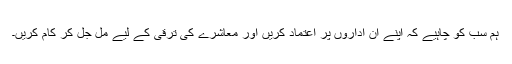
ہم سب کو چاہیے کہ اپنے ان اداروں پر اعتماد کریں اور معاشرے کی ترقی کے لیے مل جل کر کام کریں۔